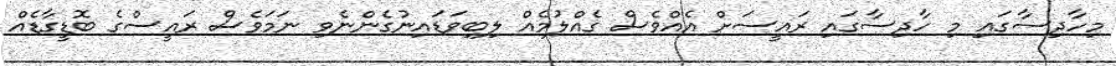
މިހާދިސާގައި މި ހާދިސާގައި ރައީސަށް އެއްވެސް ގެއްލުމެއް ލިބިވަޑައިނުގެންނެވި ނަމަވެސް ރައީސްގެ ބޮޑީގާޑެއް